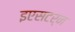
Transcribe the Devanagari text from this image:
इएसटर्न